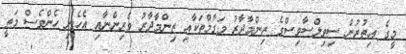
މީގެ އިތުރުން ސިވިލްސާވިސްގެ ޒިންމާދާރު މަގާމްތަކާއި ޒިންމާދާރު ވެރިންނާއި އެހެނި ހެންވެސް މަތީ